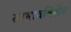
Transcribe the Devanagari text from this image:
स्वभावविशेष